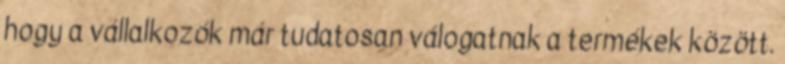
hogy a vállalkozók már tudatosan válogatnak a termékek között.